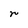
Character: r